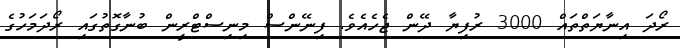
ރޯދަ އިނާޔަތްތައް 3000 ރުފިޔާ ދޭން ޖެހެއެވެ. ފިނޭންސް މިނިސްޓްރީން ބުނާގޮތުގައި ރޯދަމަހުގެ